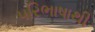
પરિભાષાથી